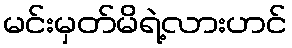
မင်းမှတ်မိရဲ့လားဟင်